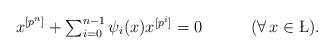
LaTeX: \begin{align*}x^{[p^n]}+\textstyle{\sum}_{i=0}^{n-1}\,\psi_{i}(x)x^{[p^i]}=0\qquad\quad(\forall\,x\in\L).\end{align*}